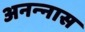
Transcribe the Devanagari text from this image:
अनन्‍नास